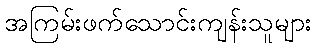
အကြမ်းဖက်သောင်းကျန်းသူများ